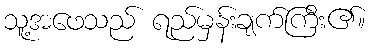
သူ့အဖေသည် ရည်မှန်းချက်ကြီး၏။